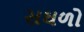
સઘળો